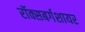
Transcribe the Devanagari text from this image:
रॉक्सबर्गशायर